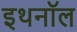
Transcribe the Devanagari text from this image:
इथनॉल